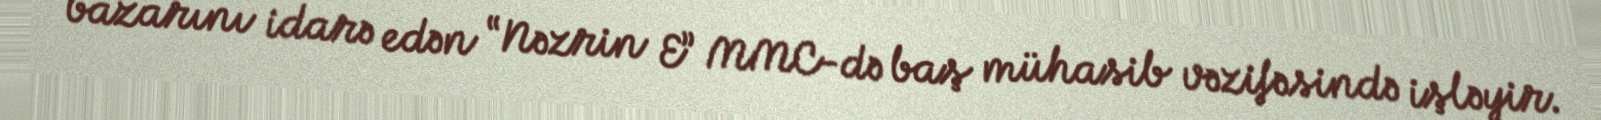
bazarını idarə edən “Nəzrin E” MMC-də baş mühasib vəzifəsində işləyir.